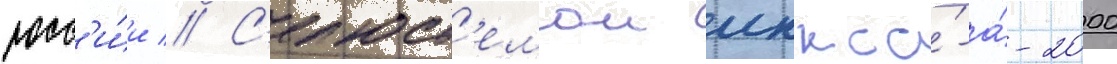
росс'и́и // С'ист'емои лккса́-а́-2000